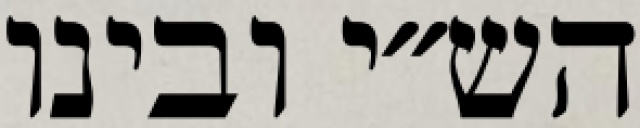
הש״י ובינו